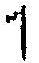
1